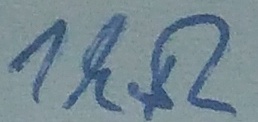
Text: 1kΩ